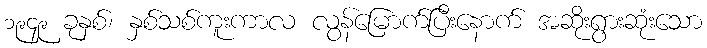
၁၉၄၉ ခုနှစ်၊ နှစ်သစ်ကူးကာလ လွန်မြောက်ပြီးနောက် အဆိုးရွားဆုံးသော